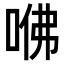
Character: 𠲽